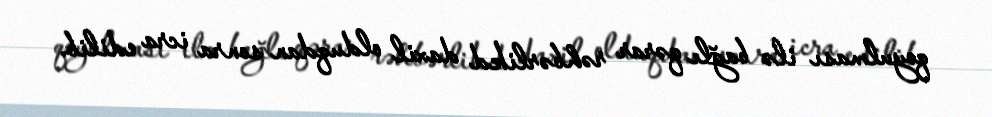
qoyulması ilə bağlı qərar rəhbərlikd daxil olduqdan sonra icra edilib.